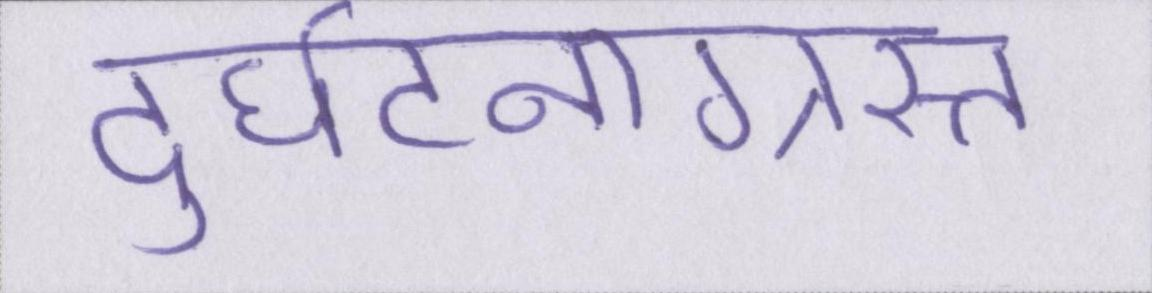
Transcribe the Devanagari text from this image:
दुर्घटनाग्रस्त